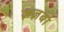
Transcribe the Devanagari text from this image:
ज़ज़बा